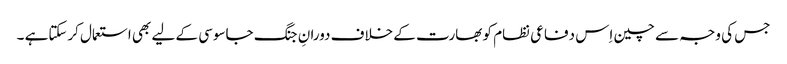
جس کی وجہ سے چین اِس دفاعی نظام کو بھارت کے خلاف دورانِ جنگ جاسوسی کے لیے بھی استعمال کرسکتاہے ۔